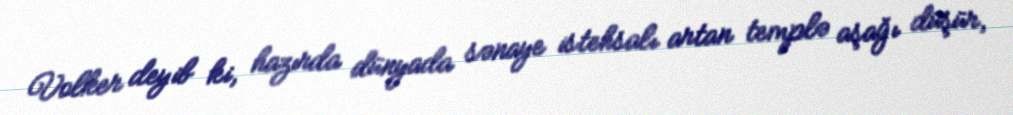
Volker deyib ki, hazırda dünyada sənaye istehsalı artan templə aşağı düşür,